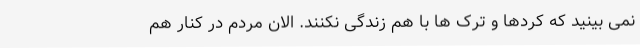
نمی بینید که کردها و ترک ها با هم زندگی نکنند. الان مردم در کنار هم